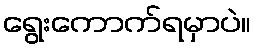
ရွေးကောက်ရမှာပဲ။